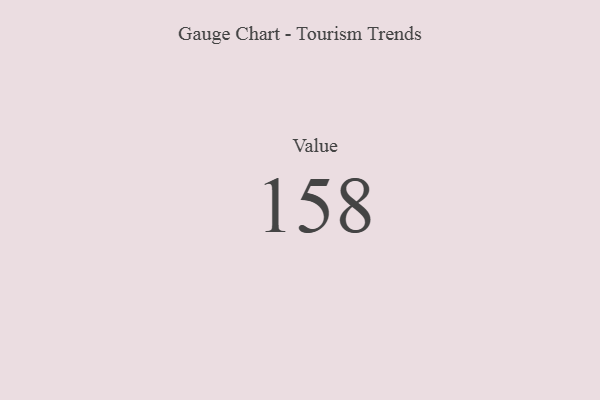
{"axis": {"x": "Metric", "y": "Value"}, "legend": [""], "data": [{"x": "Value", "y": 158, "type": ""}]}